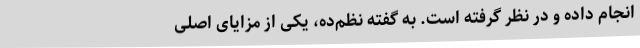
انجام داده و در نظر گرفته است. به گفته نظم‌ده، یکی از مزایای اصلی